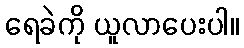
ရေခဲကို ယူလာပေးပါ။